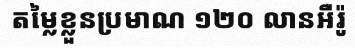
តម្លៃខ្លួនប្រមាណ ១២០ លានអឺរ៉ូ